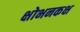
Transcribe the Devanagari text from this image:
क्षोभनकक्ष